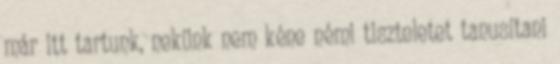
már itt tartunk, nekünk nem kéne némi tiszteletet tanusítani